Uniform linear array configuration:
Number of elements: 24
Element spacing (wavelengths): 1
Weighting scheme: cosine
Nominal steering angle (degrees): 0
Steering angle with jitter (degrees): -1.821
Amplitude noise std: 0.05
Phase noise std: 0.05

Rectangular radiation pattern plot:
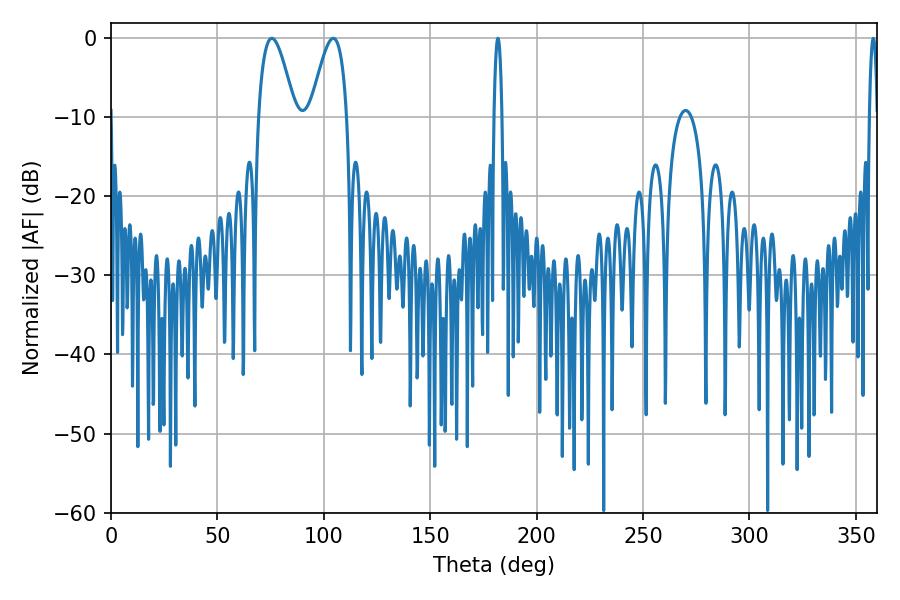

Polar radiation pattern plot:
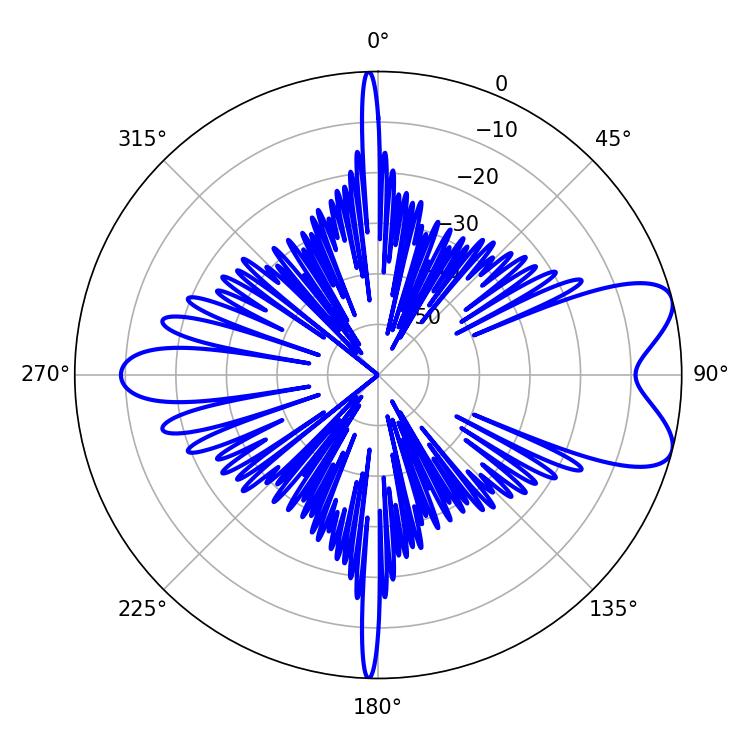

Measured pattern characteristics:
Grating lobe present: TRUE
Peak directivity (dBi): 7.847
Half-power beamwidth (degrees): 9.36
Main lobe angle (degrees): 75.6